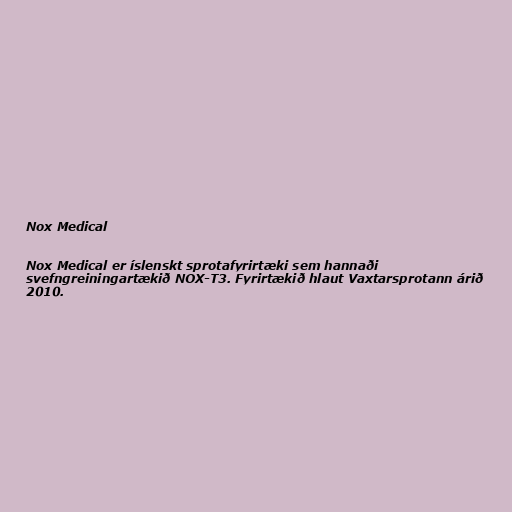
Nox Medical

Nox Medical er íslenskt sprotafyrirtæki sem hannaði
svefngreiningartækið NOX-T3. Fyrirtækið hlaut Vaxtarsprotann árið
2010.